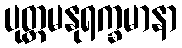
ပုတ္တမနုရက္ခမာနာ